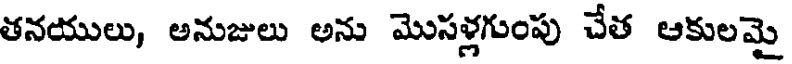
తనయులు, అనుజులు అను మొసళ్లగుంపు చేత ఆకులమై